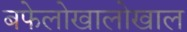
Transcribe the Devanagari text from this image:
बफेलोखालोखाल